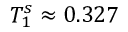
T _ { 1 } ^ { s } \approx 0 . 3 2 7